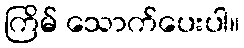
ကြိမ် သောက်ပေးပါ။